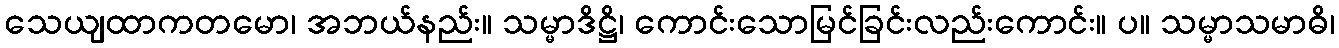
သေယျထာကတမော၊ အဘယ်နည်း။ သမ္မာဒိဋ္ဌိ၊ ကောင်းသောမြင်ခြင်းလည်းကောင်း။ ပ။ သမ္မာသမာဓိ၊